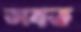
তাবত